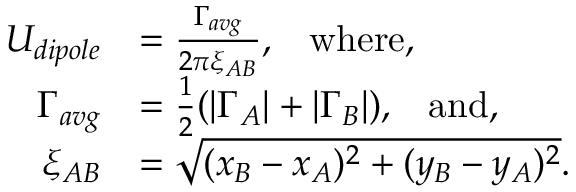
\begin{array} { r l } { U _ { d i p o l e } } & { = \frac { \Gamma _ { a v g } } { 2 \pi \xi _ { A B } } , \; \; \; \mathrm { w h e r e , } } \\ { \Gamma _ { a v g } } & { = \frac { 1 } { 2 } ( | \Gamma _ { A } | + | \Gamma _ { B } | ) , \; \; \; \mathrm { a n d , } } \\ { \xi _ { A B } } & { = \sqrt { ( x _ { B } - x _ { A } ) ^ { 2 } + ( y _ { B } - y _ { A } ) ^ { 2 } } . } \end{array}